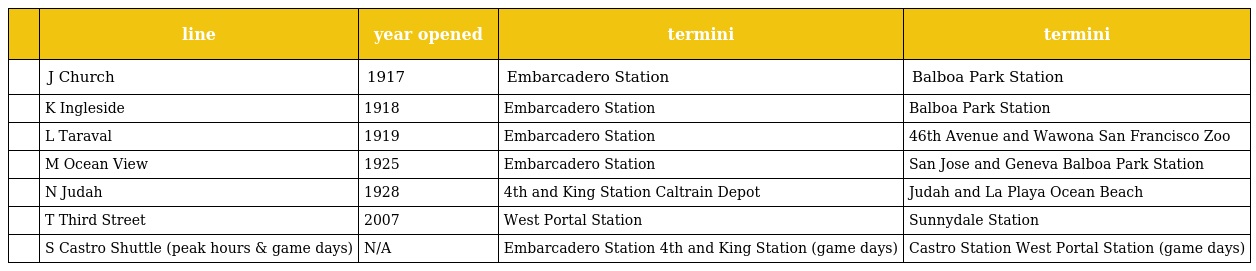
|  | line | year opened | termini | termini |
 | --- | --- | --- | --- | --- |
 |  | J Church | 1917 | Embarcadero Station | Balboa Park Station |
 |  | K Ingleside | 1918 | Embarcadero Station | Balboa Park Station |
 |  | L Taraval | 1919 | Embarcadero Station | 46th Avenue and Wawona San Francisco Zoo |
 |  | M Ocean View | 1925 | Embarcadero Station | San Jose and Geneva Balboa Park Station |
 |  | N Judah | 1928 | 4th and King Station Caltrain Depot | Judah and La Playa Ocean Beach |
 |  | T Third Street | 2007 | West Portal Station | Sunnydale Station |
 |  | S Castro Shuttle (peak hours & game days) | N/A | Embarcadero Station 4th and King Station (game days) | Castro Station West Portal Station (game days) |